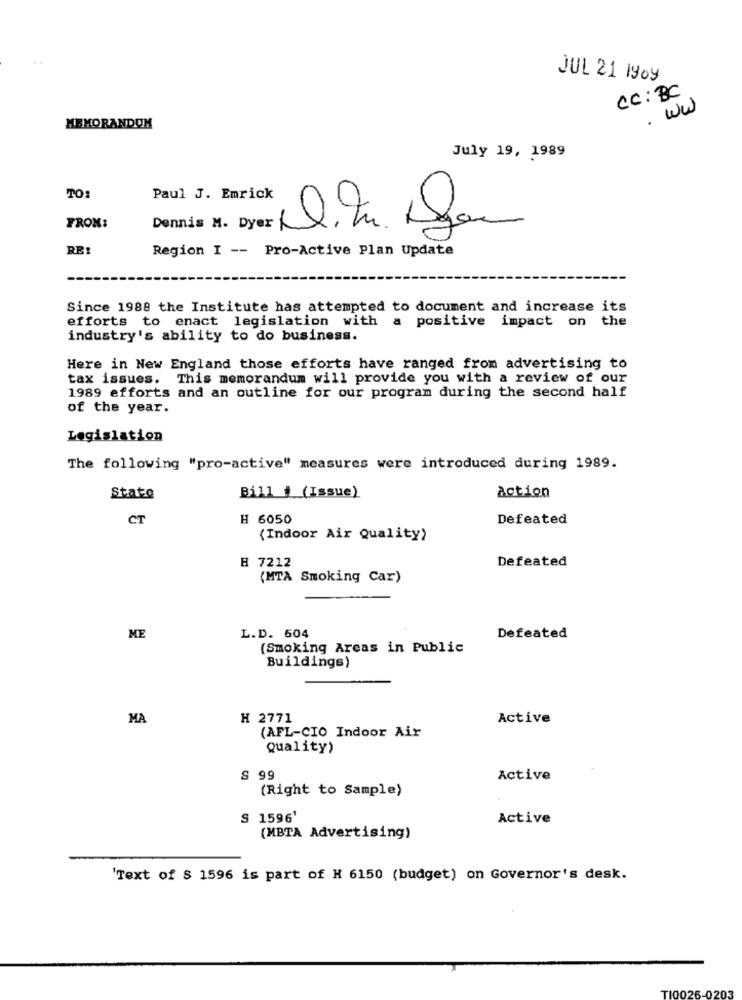
JUL 21 1909
CC : BC
. ww
MEMORANDOM
July 19, 1989
TO:
Paul J. Emrick
FROM:
Dennis M. Dyer
RE!
Region I -- Pro-Active Plan Update
Since 1988 the Institute has attempted to document and increase its
efforts to enact legislation with a positive impact on the
industry's ability to do business.
Here in New England those efforts have ranged from advertising to
tax issues. This memorandum will provide you with a review of our
1989 efforts and an outline for our program during the second half
of the year.
Legislation
The following "pro-active" measures were introduced during 1989.
State
Bill # (Issue)
action
CT
H 6050
Defeated
{Indoor Air Quality)
H 7212
Defeated
(MTA Smoking Car)
ME
L.D. 604
Defeated
(Smoking Areas in Public
Buildings)
MA
H 2771
Active
(AFL-CIO Indoor Air
Quality)
S 99
Active
(Right to Sample)
S 1596'
Active
(MBTA Advertising)
'Text of $ 1596 is part of H 6150 (budget) on Governor's desk.